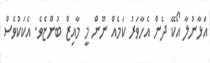
އަޅާނުލާ އޯކޭ ދެން އެހާވަރު ކަމެއް ނޫން މީ މާއިޒް ބުންޏެވެ. އެކަކުވެސް